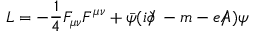
{ \cal L } = - \frac { 1 } { 4 } F _ { \mu \nu } F ^ { \mu \nu } + \bar { \psi } ( i \partial \! \! \! / \, - m - e A \! \! \! \! / \, ) \psi